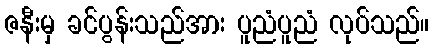
ဇနီးမှ ခင်ပွန်းသည်အား ပူညံပူညံ လုပ်သည်။